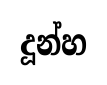
දූන්හ